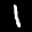
Label: 1